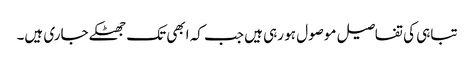
تباہی کی تفاصیل موصول ہو رہی ہیں جب کہ ابھی تک جھٹکے جاری ہیں۔